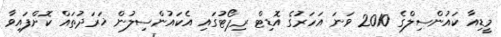
މީޑިއާ ކައުންސިލްގެ 2010 ވަނަ އަހަރުގެ އޮޑިޓް ރިޕޯޓުގައި އެކައުންސިލުން ޚަރަދުތައް ކޮށްފައިވާ